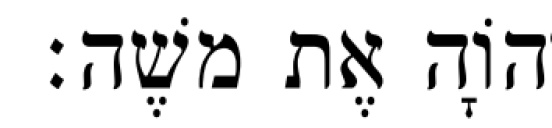
יְהוָֹה אֶת משֶׁה׃